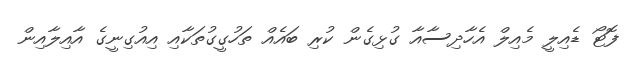
ފޮޓޯ ޑެއިލީ މެއިލް އެހާދިސާއާ ގުޅިގެން ކުރި ބައެއް ތަހުގީގުތަކާއި އިއުގިނީގެ އާއިލާއިން